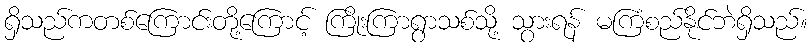
ရှိသည်ကတစ်ကြောင်းတို့ကြောင့် ကြိုးကြာရွာသစ်သို့ သွားရန် မကြံစည်နိုင်ဘဲရှိသည်။